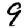
Digit: 9